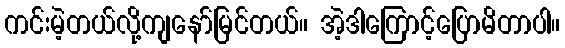
ကင်းမဲ့တယ်လို့ကျနော်မြင်တယ်။ အဲ့ဒါကြောင့်ပြောမိတာပါ။